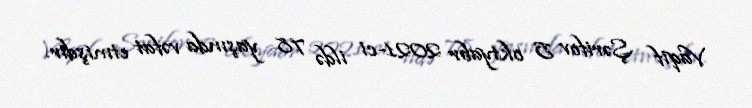
Vaqif Şərifov 5 oktyabr 2021-ci ildə 78 yaşında vəfat etmişdir.